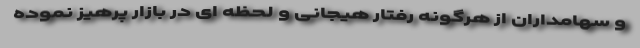
و سهامداران از هرگونه رفتار هیجانی و لحظه ای در بازار پرهیز نموده